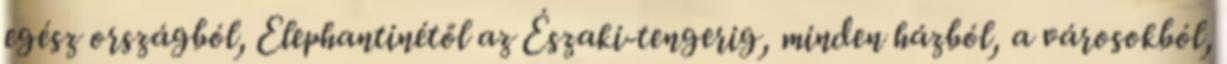
egész országból, Elephantinétől az Északi-tengerig, minden házból, a városokból,